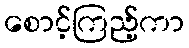
စောင့်ကြည့်ကာ